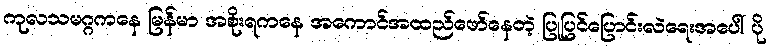
ကုလသမဂ္ဂကနေ မြန်မာ အစိုးရကနေ အကောင်အထည်ဖော်နေတဲ့ ပြုပြင်ပြောင်းလဲရေးအပေါ် ပို